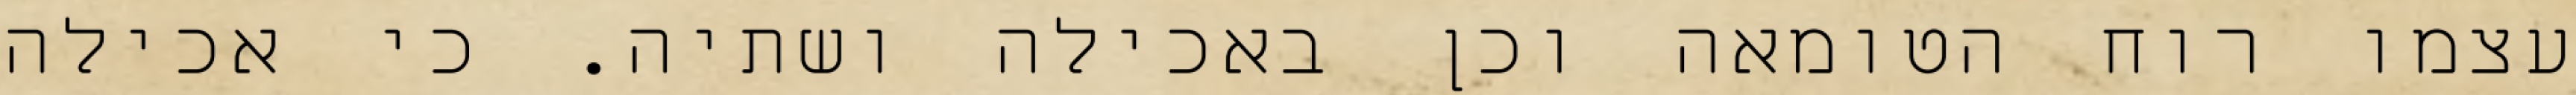
עצמו רוח הטומאה וכן באכילה ושתיה. כי אכילה